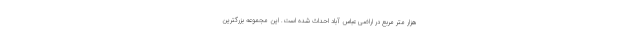
هزار متر مربع در اراضی عباس آباد احداث شده است. این مجموعه بزرگترین